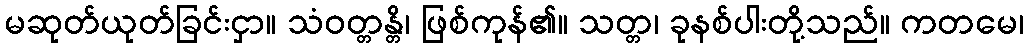
မဆုတ်ယုတ်ခြင်းငှာ။ သံဝတ္တန္တိ၊ ဖြစ်ကုန်၏။ သတ္တ၊ ခုနစ်ပါးတို့သည်။ ကတမေ၊